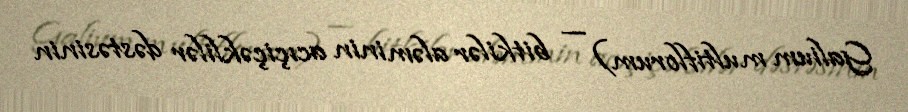
Galium multiflorum) — bitkilər aləminin acıçiçəklilər dəstəsinin